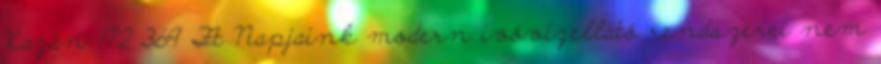
Kazán 172 369 Ft Napjaink modern ivóvízellátó rendszerei nem